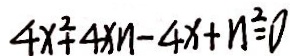
4 x ^ { 2 } + 4 x n - 4 x + n ^ { 2 } = 0